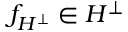
f _ { H ^ { \bot } } \in H ^ { \bot }